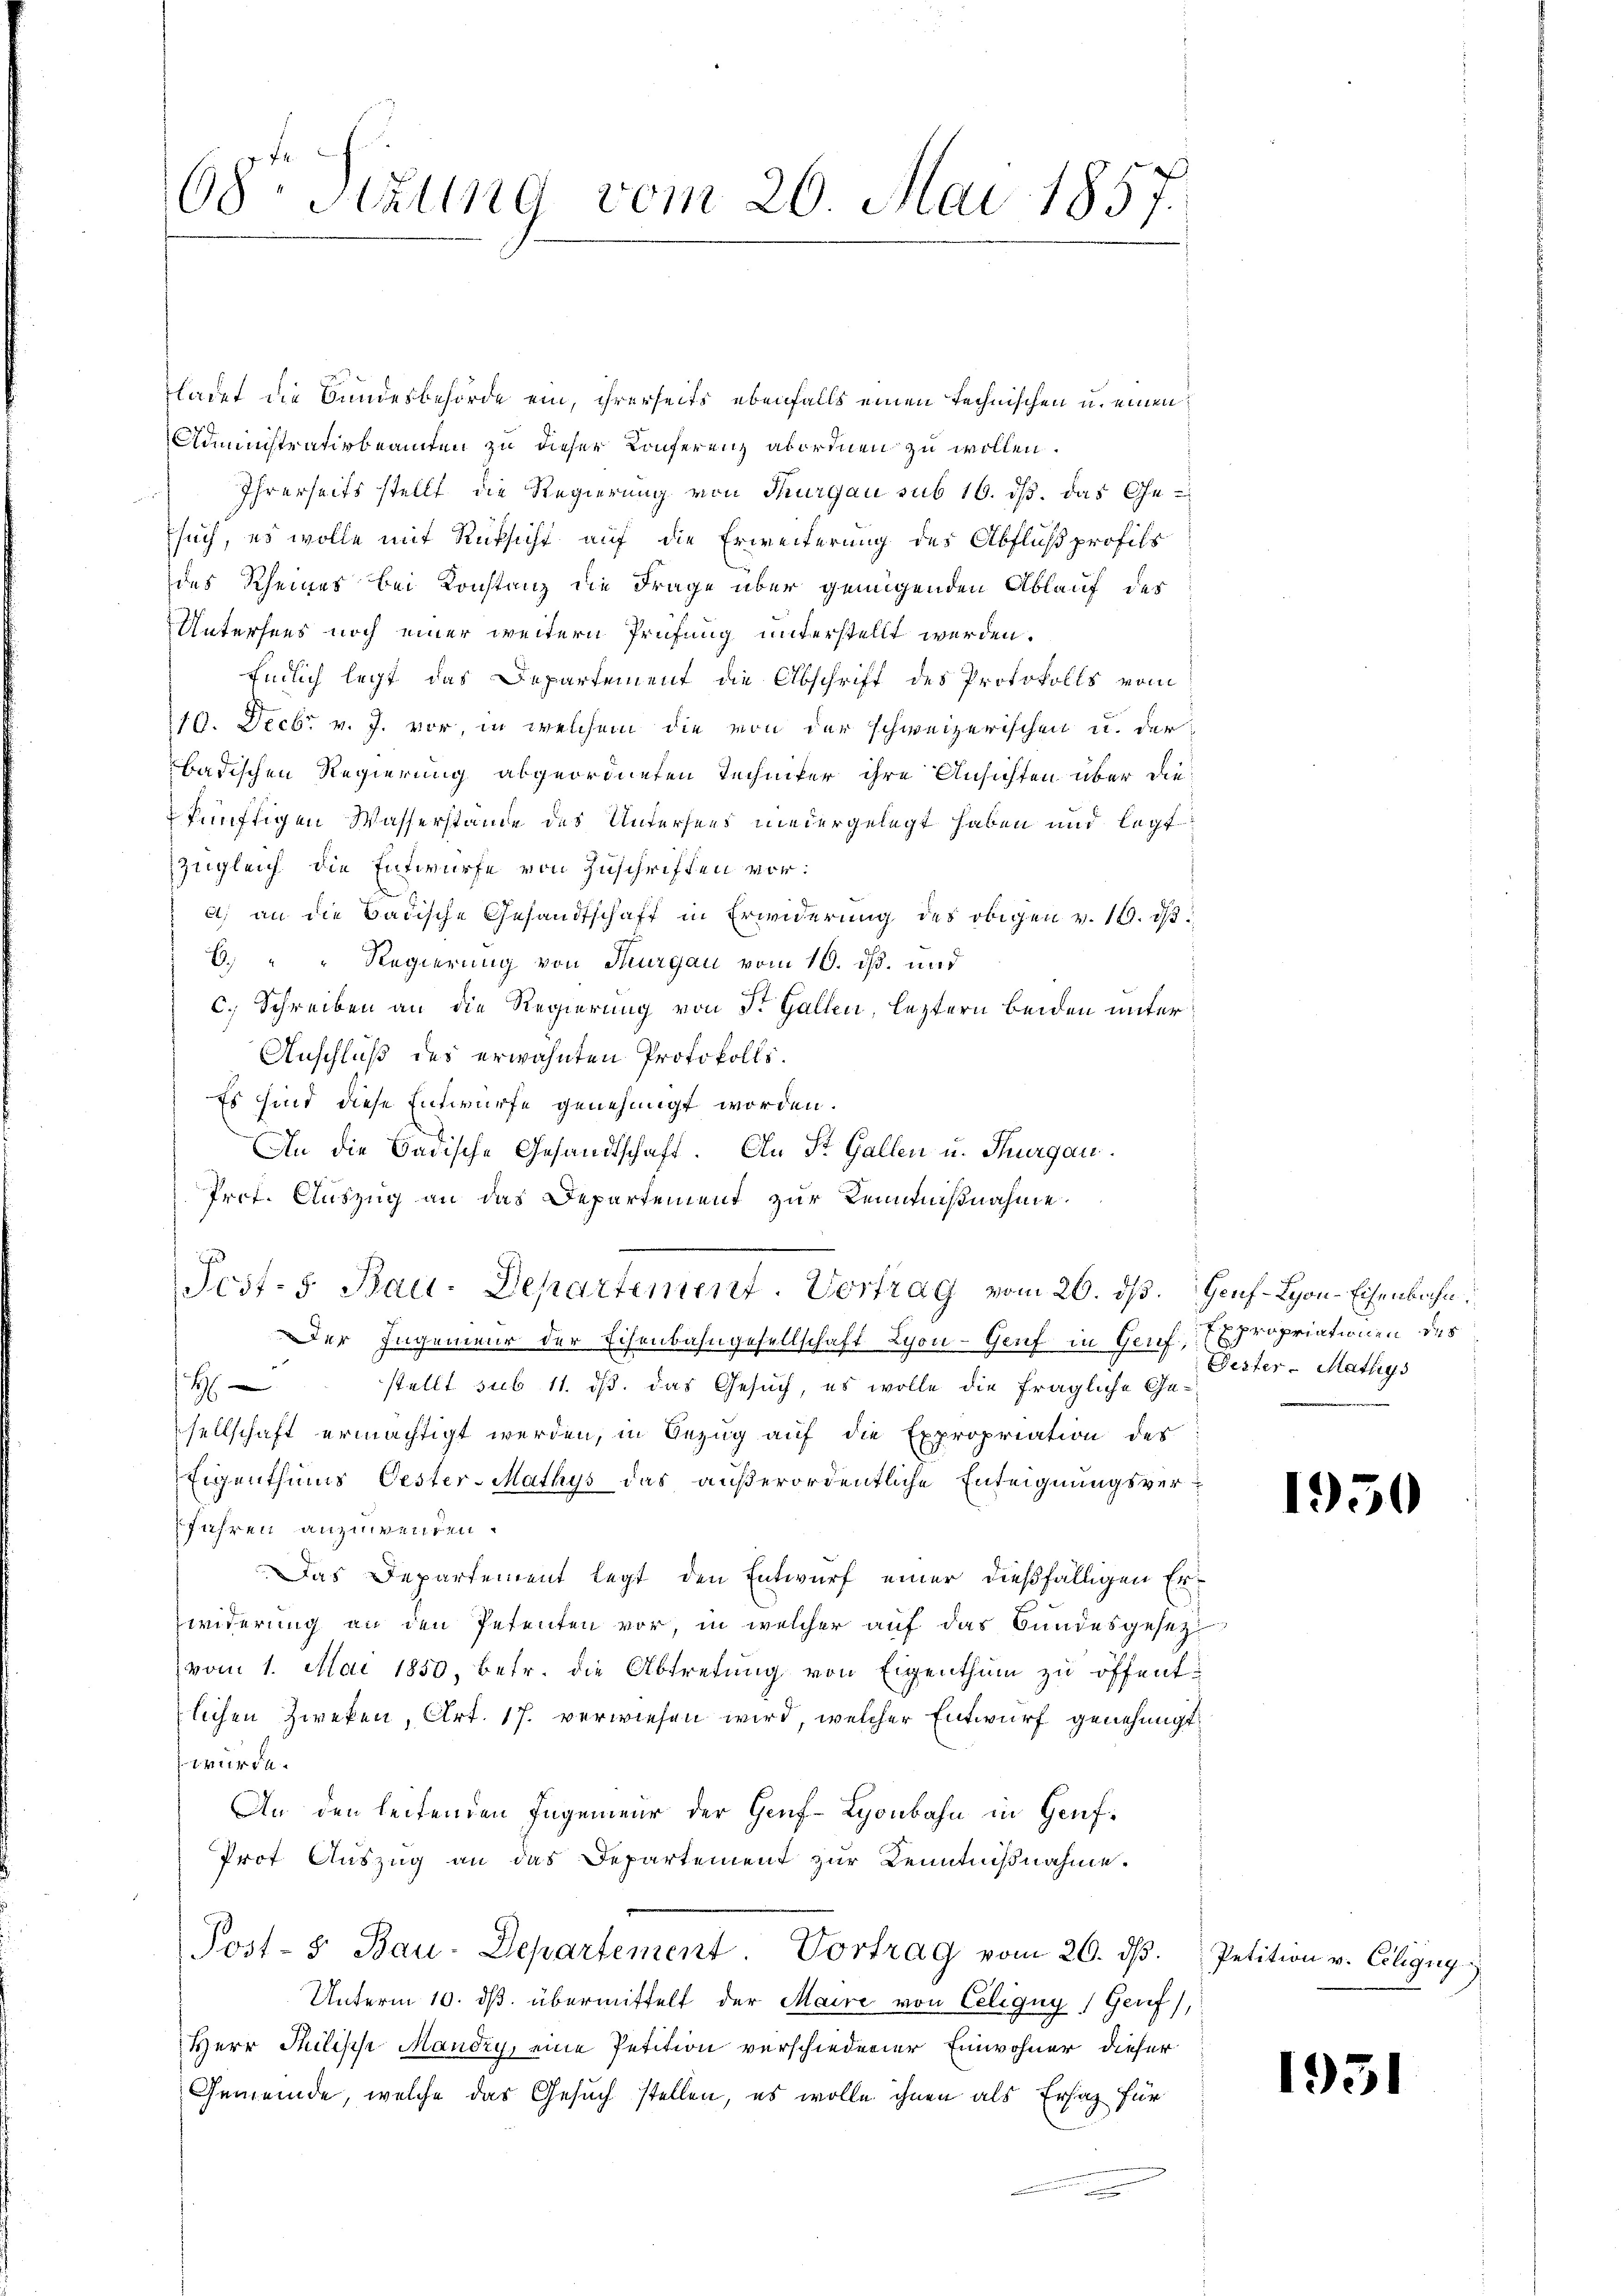
68te Sizung vom 26. Mai 1857.

ladet die Bundesbehörde ein, ihrerseits ebenfalls einen technischen u. einen
Administrativbeamten zu dieser Konferenz abordnen zu wollen.
Ihrerseits stellt die Regierung von Thurgau sub 16. ds. das Ge¬
Esuch, es wolle mit Rüksicht auf die Erweiterung des Abfluß profils
des Rheines bei Konstanz die Frage über genügenden Ablauf des
Untersees noch einer weitern Prüfung unterstellt werden.
Endlich legt, das Departement die Abschrift des Protokolls vom
10. Decbr v. J. vor, in welchem die von der schweizerischen u. der
badischen Regierung abgeordneten Techniker ihre Ansichten über die
künftigen Wasserstande des Untersees niedergelegt haben und legt
zugleich die Entwurfe von Zuschriften vor:
a) an die Badische Gesandtschaft in Erwiderung des obigen v. 16. d.
6. " " Regierung von Thurgau vom 10. ds. und
c. Schreiben an die Regierung von St. Gallen, leztern beiden unter¬
Anschluß des erwähnten Protokolls¬
Es sind diese Entwurfe genehmigt worden.
An die Badische Gesandtschaft. An St. Gallen u. Thurgau.
Prot. Auszug an das Departement zur Kennnißnahme.
Post- 5. Bau-Departement. Vortrag vom 26. ds. Genf-Lyon-Eisenbahn.
Der Ingenieur der Eisenbahngesellschaft Lyon - Genf in Genf, propriationen des
H stellt sub 11. ds. das Gesuch, es wolle die fragliche Gesellschaft ermächtigt werden, in Bezug auf die Expropriation des
Eigenthums Oester-Mathys das außerordentliche Enteignungsverfahren anzuwenden.
Das Departement legt den Entwurf einer dießfälligen Erwiderung an den Petenten vor, in welcher auf das Bundesgesez
vom 1. Mai 1850, betr. die Abtretŭng von Eigenthum zu öffentlichen Zweken, Art. 17. verwiesen wird, welcher Entwurf genehmigt.
wurde.
An den leitenden Ingenieur der Genf-Lyonbahn in Genf¬
Prot Auszug an das Departement zur Kenntnißnahme.
Post-5 Bau-Departement. Vortrag vom 20. dβ. Petition v. Ecligŭg
Unterm 10. ds. übermittelt der Maire von Celigny (Genf),
Herr Philische Mandry, eine Petition verschiederer Einwohner dieser
Gemeinde, welche das Gesuch stellen, es wolle ihnen als Ersatz für
n

Dester - Mathys

1950

1931